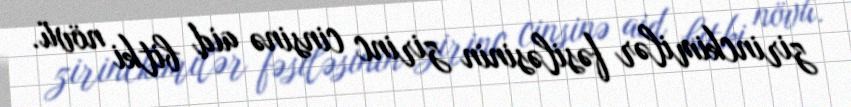
zirinckimilər fəsiləsinin zirinc cinsinə aid bitki növü.